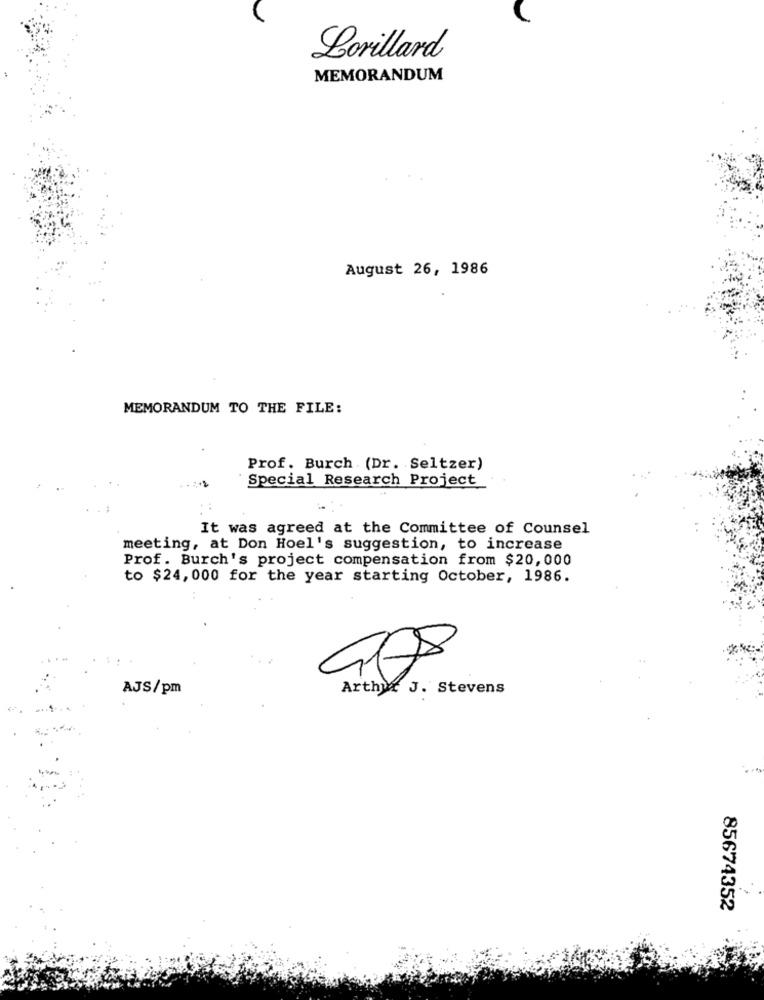
Lorillard
MEMORANDUM
August 26, 1986
MEMORANDUM TO THE FILE:
Prof. Burch (Dr. Seltzer)
Special Research Project
It was agreed at the Committee of Counsel
meeting, at Don Hoel's suggestion, to increase
Prof. Burch's project compensation from $20,000
to $24, 000 for the year starting October, 1986.
AJS/pm
Arthur J. Stevens
85674352